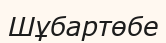
Шұбартөбе